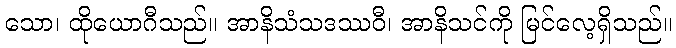
သော၊ ထိုယောဂီသည်။ အာနိသံသဒဿဝီ၊ အာနိသင်ကို မြင်လေ့ရှိသည်။